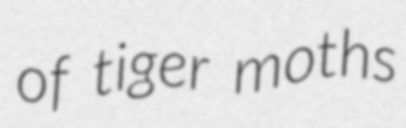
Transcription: of tiger moths